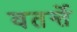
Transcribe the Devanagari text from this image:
वतर्न्ते